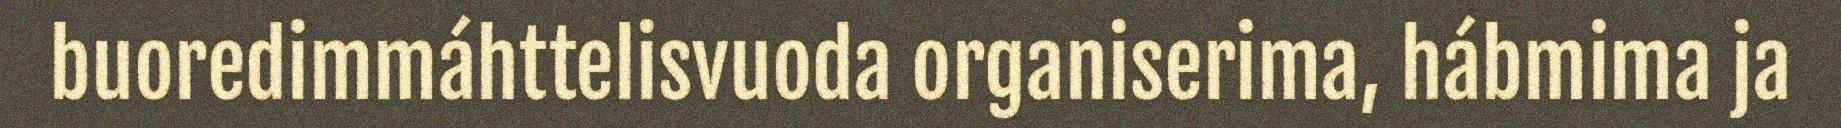
buoredimmáhttelisvuoda organiserima, hábmima ja